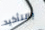
بالتأكيد